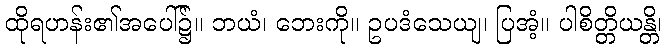
ထိုရဟန်း၏အပေါ်၌။ ဘယံ၊ ဘေးကို။ ဥပဒံသေယျ၊ ပြအံ့။ ပါစိတ္တိယန္တိ၊